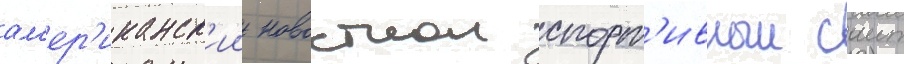
ам'ер'иканск'ии новостнои спорт'ивныи саит